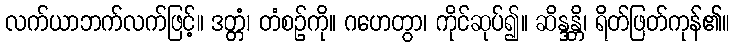
လက်ယာဘက်လက်ဖြင့်။ ဒတ္တံ၊ တံစဉ်ကို။ ဂဟေတွာ၊ ကိုင်ဆုပ်၍။ ဆိန္ဒန္တိ၊ ရိတ်ဖြတ်ကုန်၏။